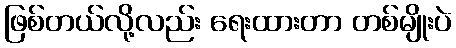
ဖြစ်တယ်လို့လည်း ရေးထားတာ တစ်မျိုးပဲ